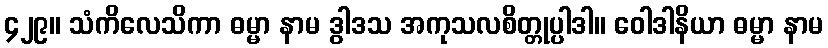
၄၂၉။ သံကိလေသိကာ ဓမ္မာ နာမ ဒွါဒသ အကုသလစိတ္တုပ္ပါဒါ။ ဝေါဒါနိယာ ဓမ္မာ နာမ